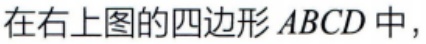
在右上图的四边形 \(ABCD\) 中，